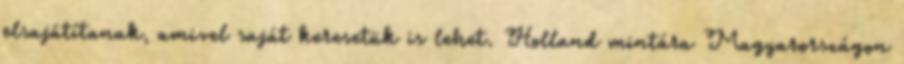
elsajátítanak, amivel saját keresetük is lehet. Holland mintára Magyarországon